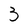
Character: 3